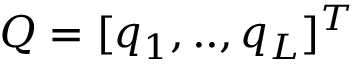
Q = [ q _ { 1 } , . . , q _ { L } ] ^ { T }